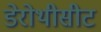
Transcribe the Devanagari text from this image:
डेरोथीसीट